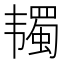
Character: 𱂋